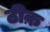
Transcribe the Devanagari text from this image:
ठीक़